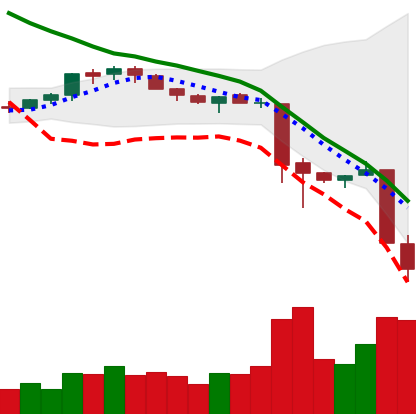
Ticker: XMR-USD
Chart end date: 2018-11-20
Forward return: -12.683%
Label: down_7plus